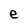
Character: e